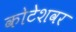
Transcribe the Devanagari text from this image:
कोटेशवर